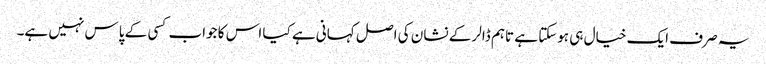
یہ صرف ایک خیال ہی ہوسکتا ہے تاہم ڈالر کے نشان کی اصل کہانی ہے کیا اس کا جواب کسی کے پاس نہیں ہے۔